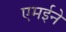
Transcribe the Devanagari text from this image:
एमईने